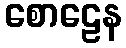
စောဠေန